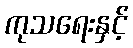
ကုသရေးနှင့်